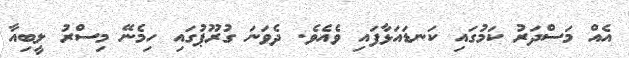
އެއް މަސްދަރު ކަމުގައި ކަނޑައަޅާފައި ވެއެވެ. ދެވަނަ ގުރޫޕުގައި ހިމެނޭ މިސްރު ލީބިއާ